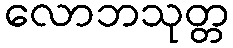
လောဘသုတ္တ